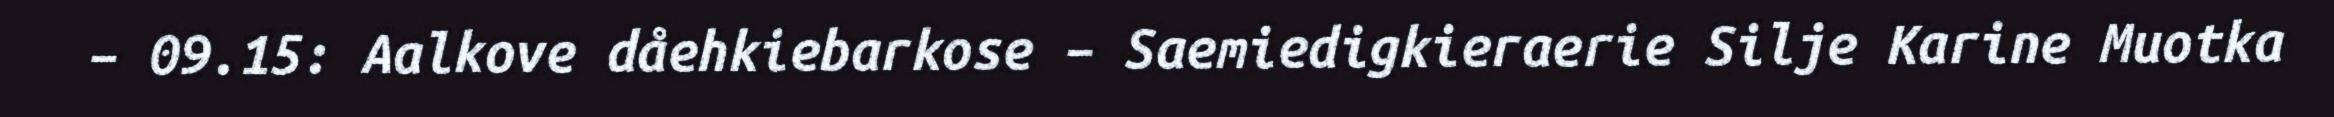
– 09.15: Aalkove dåehkiebarkose – Saemiedigkieraerie Silje Karine Muotka